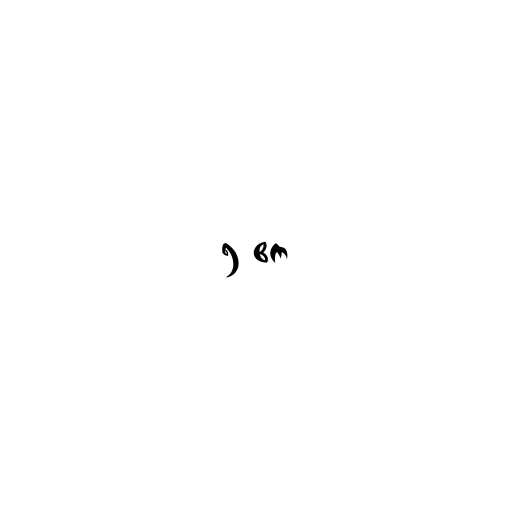
၅ ဧက